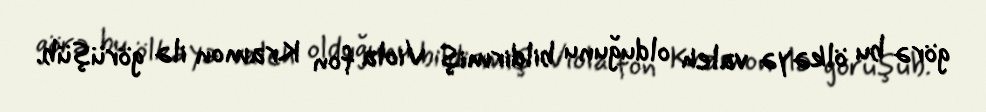
görə bu ölkəyə valeh olduğunu bildirmiş Viola fon Kramon ilə görüşüb.